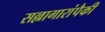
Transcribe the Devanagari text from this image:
सल्लागारांपैकी